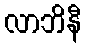
လာဘိနီ